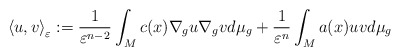
\begin{align*}\left\langle u,v\right\rangle _{\varepsilon}:=\frac{1}{\varepsilon^{n-2}}\int_{M}c(x)\nabla_{g}u\nabla_{g}vd\mu_{g}+\frac{1}{\varepsilon^{n}}\int_{M}a(x)uvd\mu_{g}\end{align*}